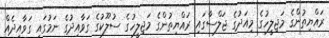
ރައްޔިތުންގެ މަޖިލީހުގެ މިއަދުގެ ޖަލްސާގައި ރައްޔިތުންގެ މަޖިލީހުގެ ސުލޫކުގެ ގަވާއިދުގެ ނަމުގައި ގަވާއިދެއް